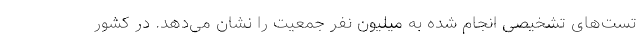
تست‌های تشخیصی انجام شده به میلیون نفر جمعیت را نشان می‌دهد. در کشور